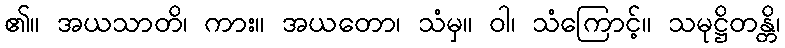
၏။ အယသာတိ၊ ကား။ အယတော၊ သံမှ။ ဝါ၊ သံကြောင့်။ သမုဋ္ဌိတန္တိ၊